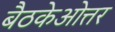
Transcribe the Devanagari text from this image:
बैठकेओत्तर